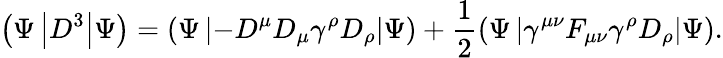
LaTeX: \left(\Psi\left|D^{3}\right|\Psi\right)=\left(\Psi\left|-D^{\mu}D_{\mu}\gamma^{\rho}D_{\rho}\right|\Psi\right)+\frac{1}{2}\left(\Psi\left|\gamma^{\mu\nu}F_{\mu\nu}\gamma^{\rho}D_{\rho}\right|\Psi\right).